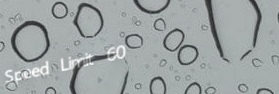
Speed Limit 60